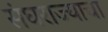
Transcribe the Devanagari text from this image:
संघराज्याचा